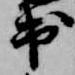
出